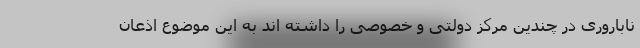
ناباروری در چندین مرکز دولتی و خصوصی را داشته اند به این موضوع اذعان